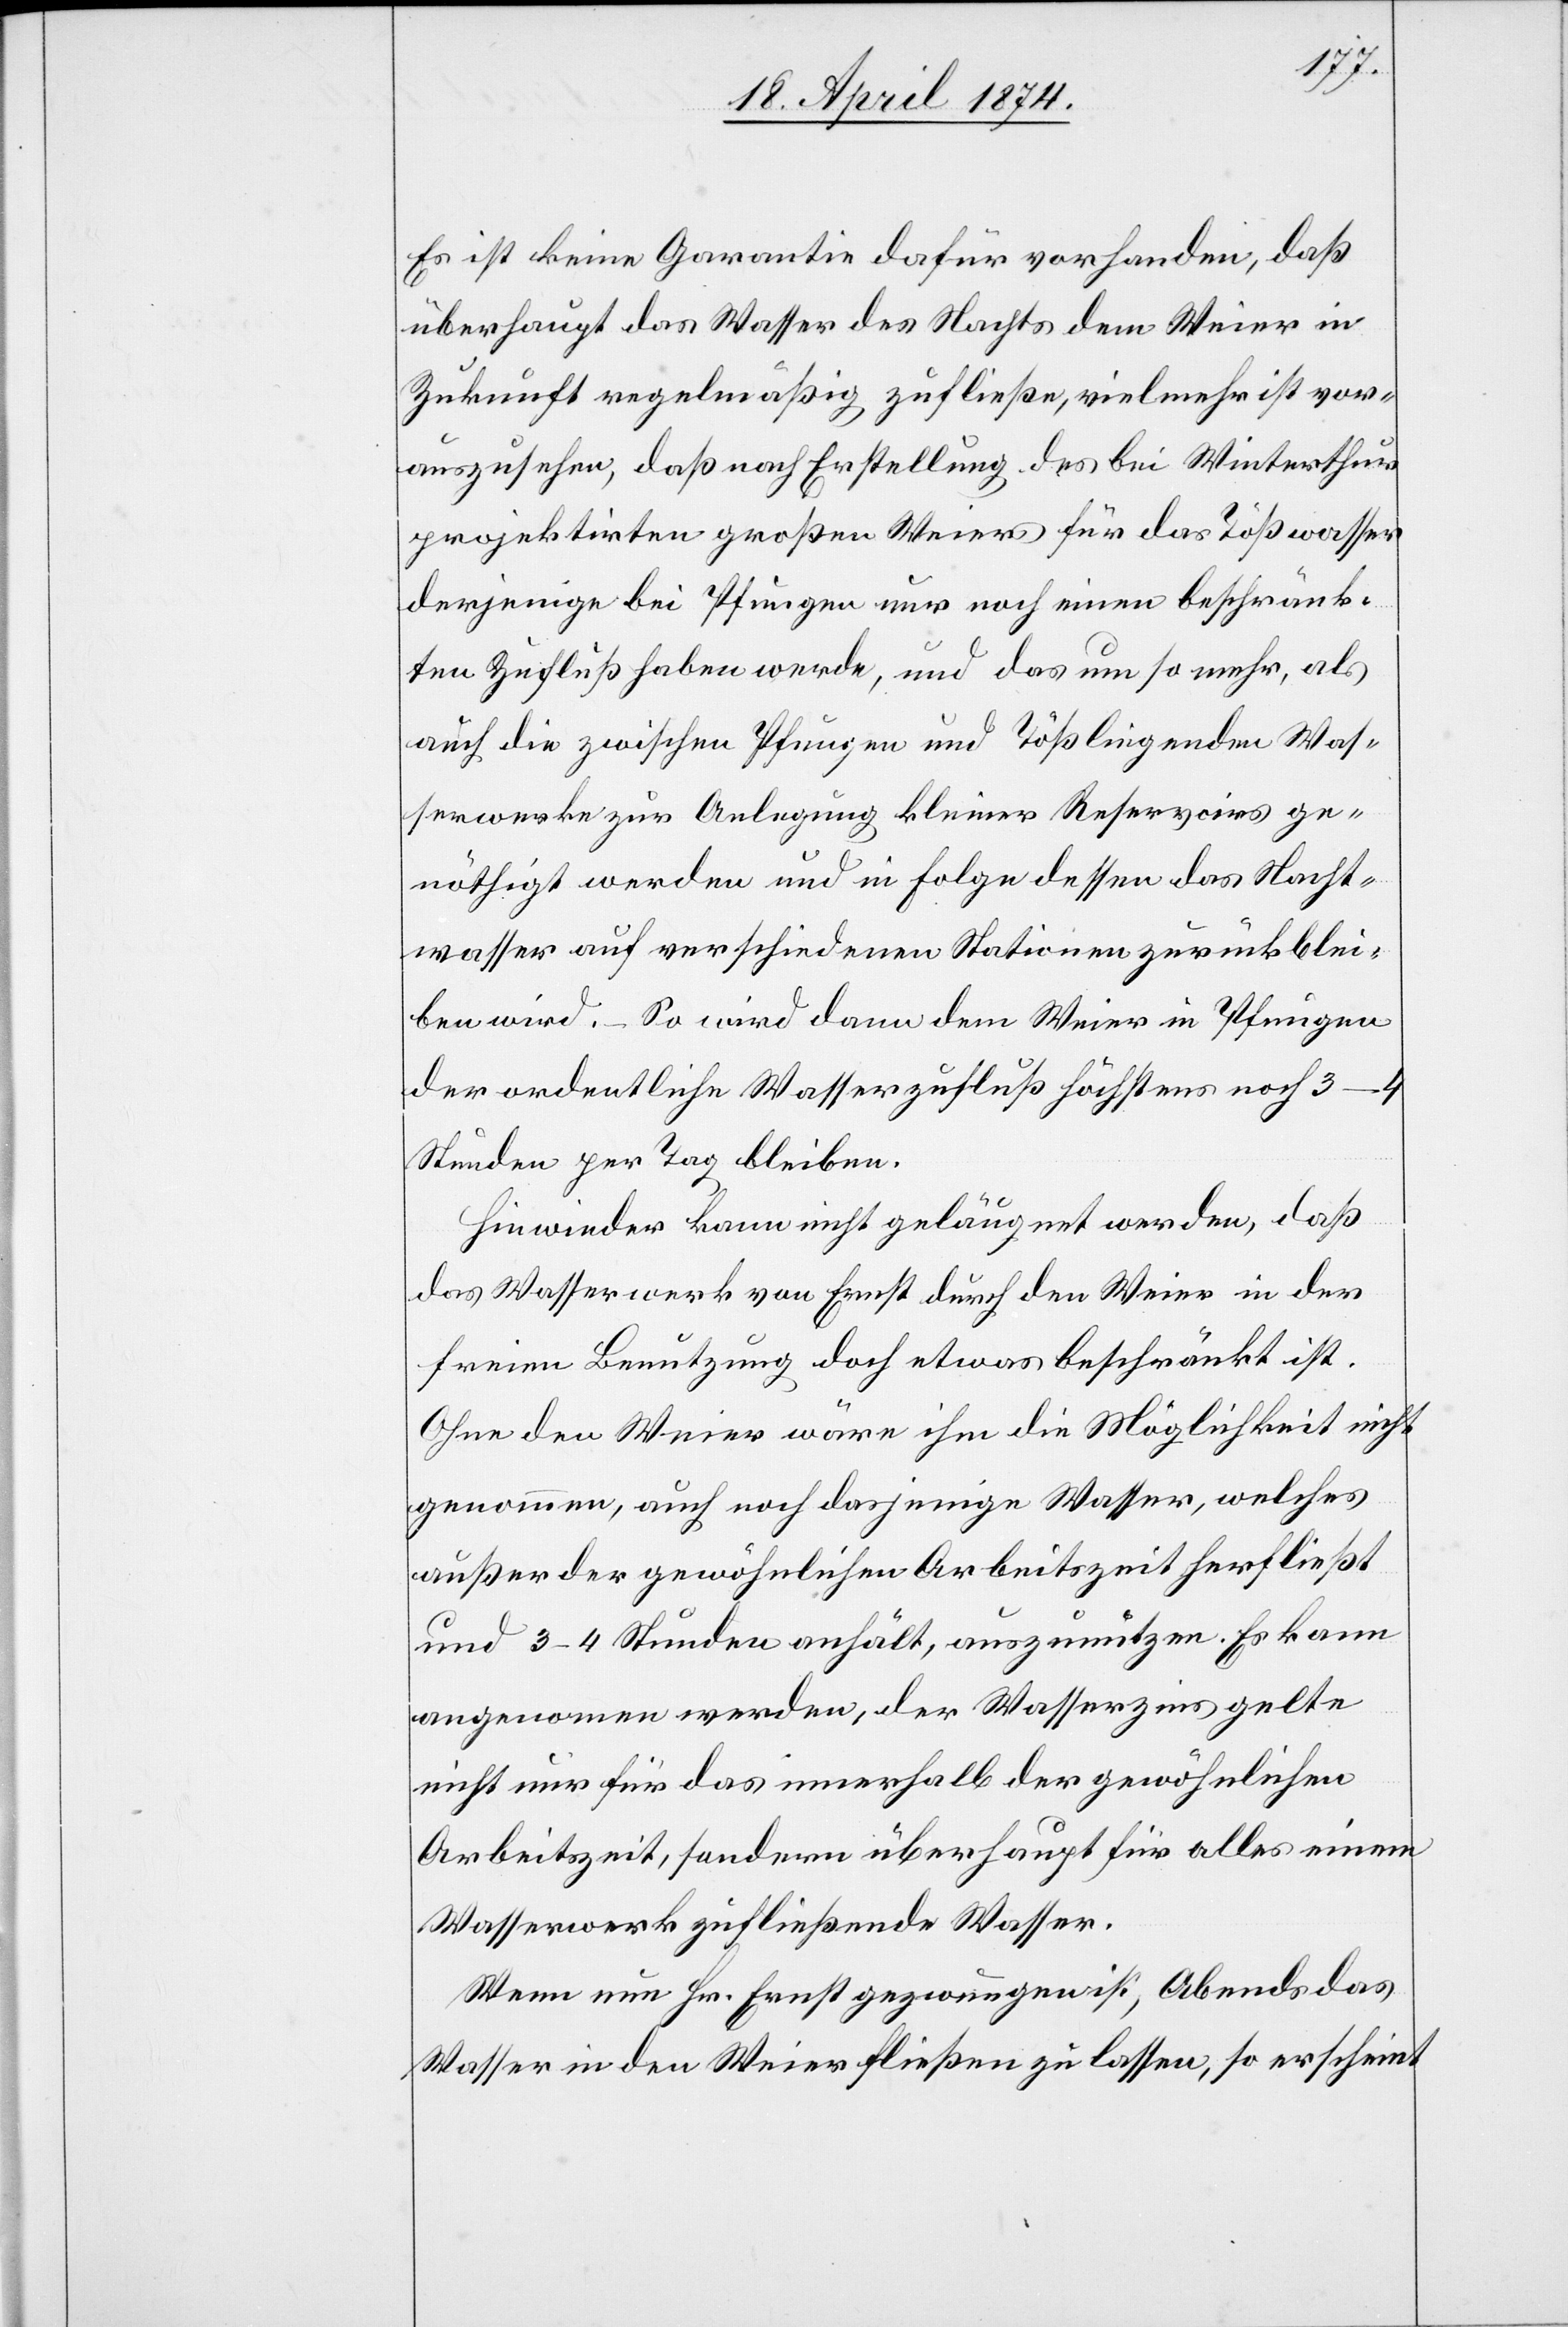
Es ist keine Garantie dafür vorhanden, daß
überhaupt das Wasser des Nachts dem Weier in
Zukunft regelmäßig zufließe, vielmehr ist vor¬
auszusehen, daß nach Erstellung des bei Winterthur
projektirten großen Weiers für das Tößwasser
derjenige bei Pfungen nur noch einen beschränk¬
ten Zufluß haben werde, und das um so mehr, als
auch die zwischen Pfungen und Töß liegenden Was¬
serwerke zur Anlegung kleiner Reservoirs ge¬
nöthigt werden und in Folge dessen das Nacht¬
wasser auf verschiedenen Stationen zurückblei¬
ben wird. – So wird dann dem Weier in Pfungen
der ordentliche Wasserzufluß höchstens noch 3–4
Stunden per Tag bleiben.
Hinwieder kann nicht geläugnet werden, daß
das Wasserwerk von Ernst durch den Weier in der
freien Benutzung doch etwas beschränkt ist.
Ohne den Weier wäre ihm die Möglichkeit nicht
genommen, auch noch dasjenige Wasser, welches
außer der gewöhnlichen Arbeitszeit herfließt
und 3–4 Stunden anhält, auszunützen. Es kann
angenommen werden, der Wasserzins gelte
nicht nur für das innerhalb der gewöhnlichen
Arbeitszeit, sondern überhaupt für alles einem
Wasserwerk zufließende Wasser.
Wenn nun Hr. Ernst gezwungen ist, Abends das
Wasser in den Weier fließen zu lassen, so erscheint